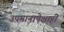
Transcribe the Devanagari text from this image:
उपमानापेक्षाही